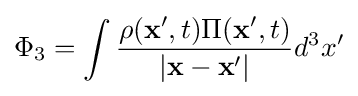
\Phi _{3}=\int {\rho (\mathbf {x} ',t)\Pi (\mathbf {x} ',t) \over |\mathbf {x} -\mathbf {x} '|}d^{3}x'